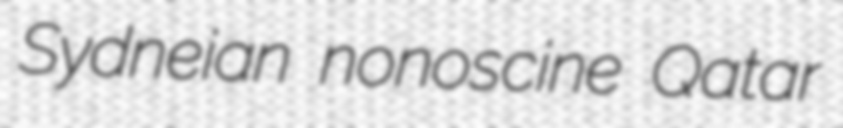
Sydneian nonoscine Qatar